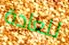
للعادة